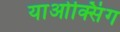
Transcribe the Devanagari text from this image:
याओक्सिंग